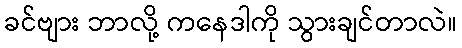
ခင်ဗျား ဘာလို့ ကနေဒါကို သွားချင်တာလဲ။